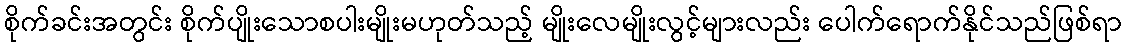
စိုက်ခင်းအတွင်း စိုက်ပျိုးသောစပါးမျိုးမဟုတ်သည့် မျိုးလေမျိုးလွင့်များလည်း ပေါက်ရောက်နိုင်သည်ဖြစ်ရာ